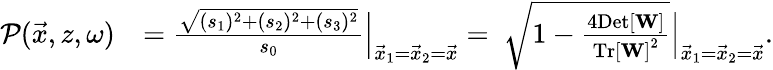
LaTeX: \begin{array}{rl}{\mathcal{P}(\vec{x},z,\omega)}&{=\frac{\sqrt{(s_{1})^{2}+(s_{2})^{2}+(s_{3})^{2}}}{s_{0}}\Big|_{\vec{x}_{1}=\vec{x}_{2}=\vec{x}}=~\sqrt{1-\frac{4\mathrm{Det}\left[{\mathbf W}\right]}{\mathrm{Tr}\left[{\mathbf W}\right]^{2}}}\Big|_{\vec{x}_{1}=\vec{x}_{2}=\vec{x}}.}\end{array}